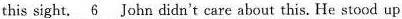
this sight. \underline{6} John didn't care about this. He stood up